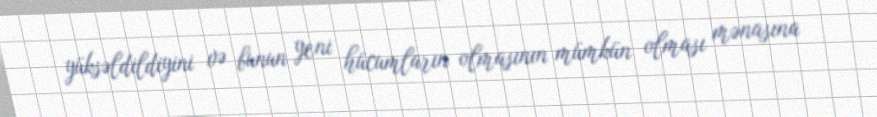
yüksəldildiyini və bunun yeni hücumların olmasının mümkün olması mənasına